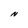
Character: N